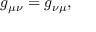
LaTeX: g _ { \mu \nu } = g _ { \nu \mu } ,